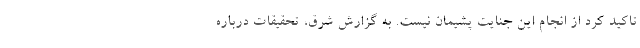
تاکید کرد از انجام این جنایت پشیمان نیست. به گزارش شرق، تحقیقات درباره